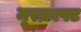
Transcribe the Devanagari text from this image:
मूरक्राफ्ट